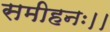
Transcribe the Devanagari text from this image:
समीहनः।।